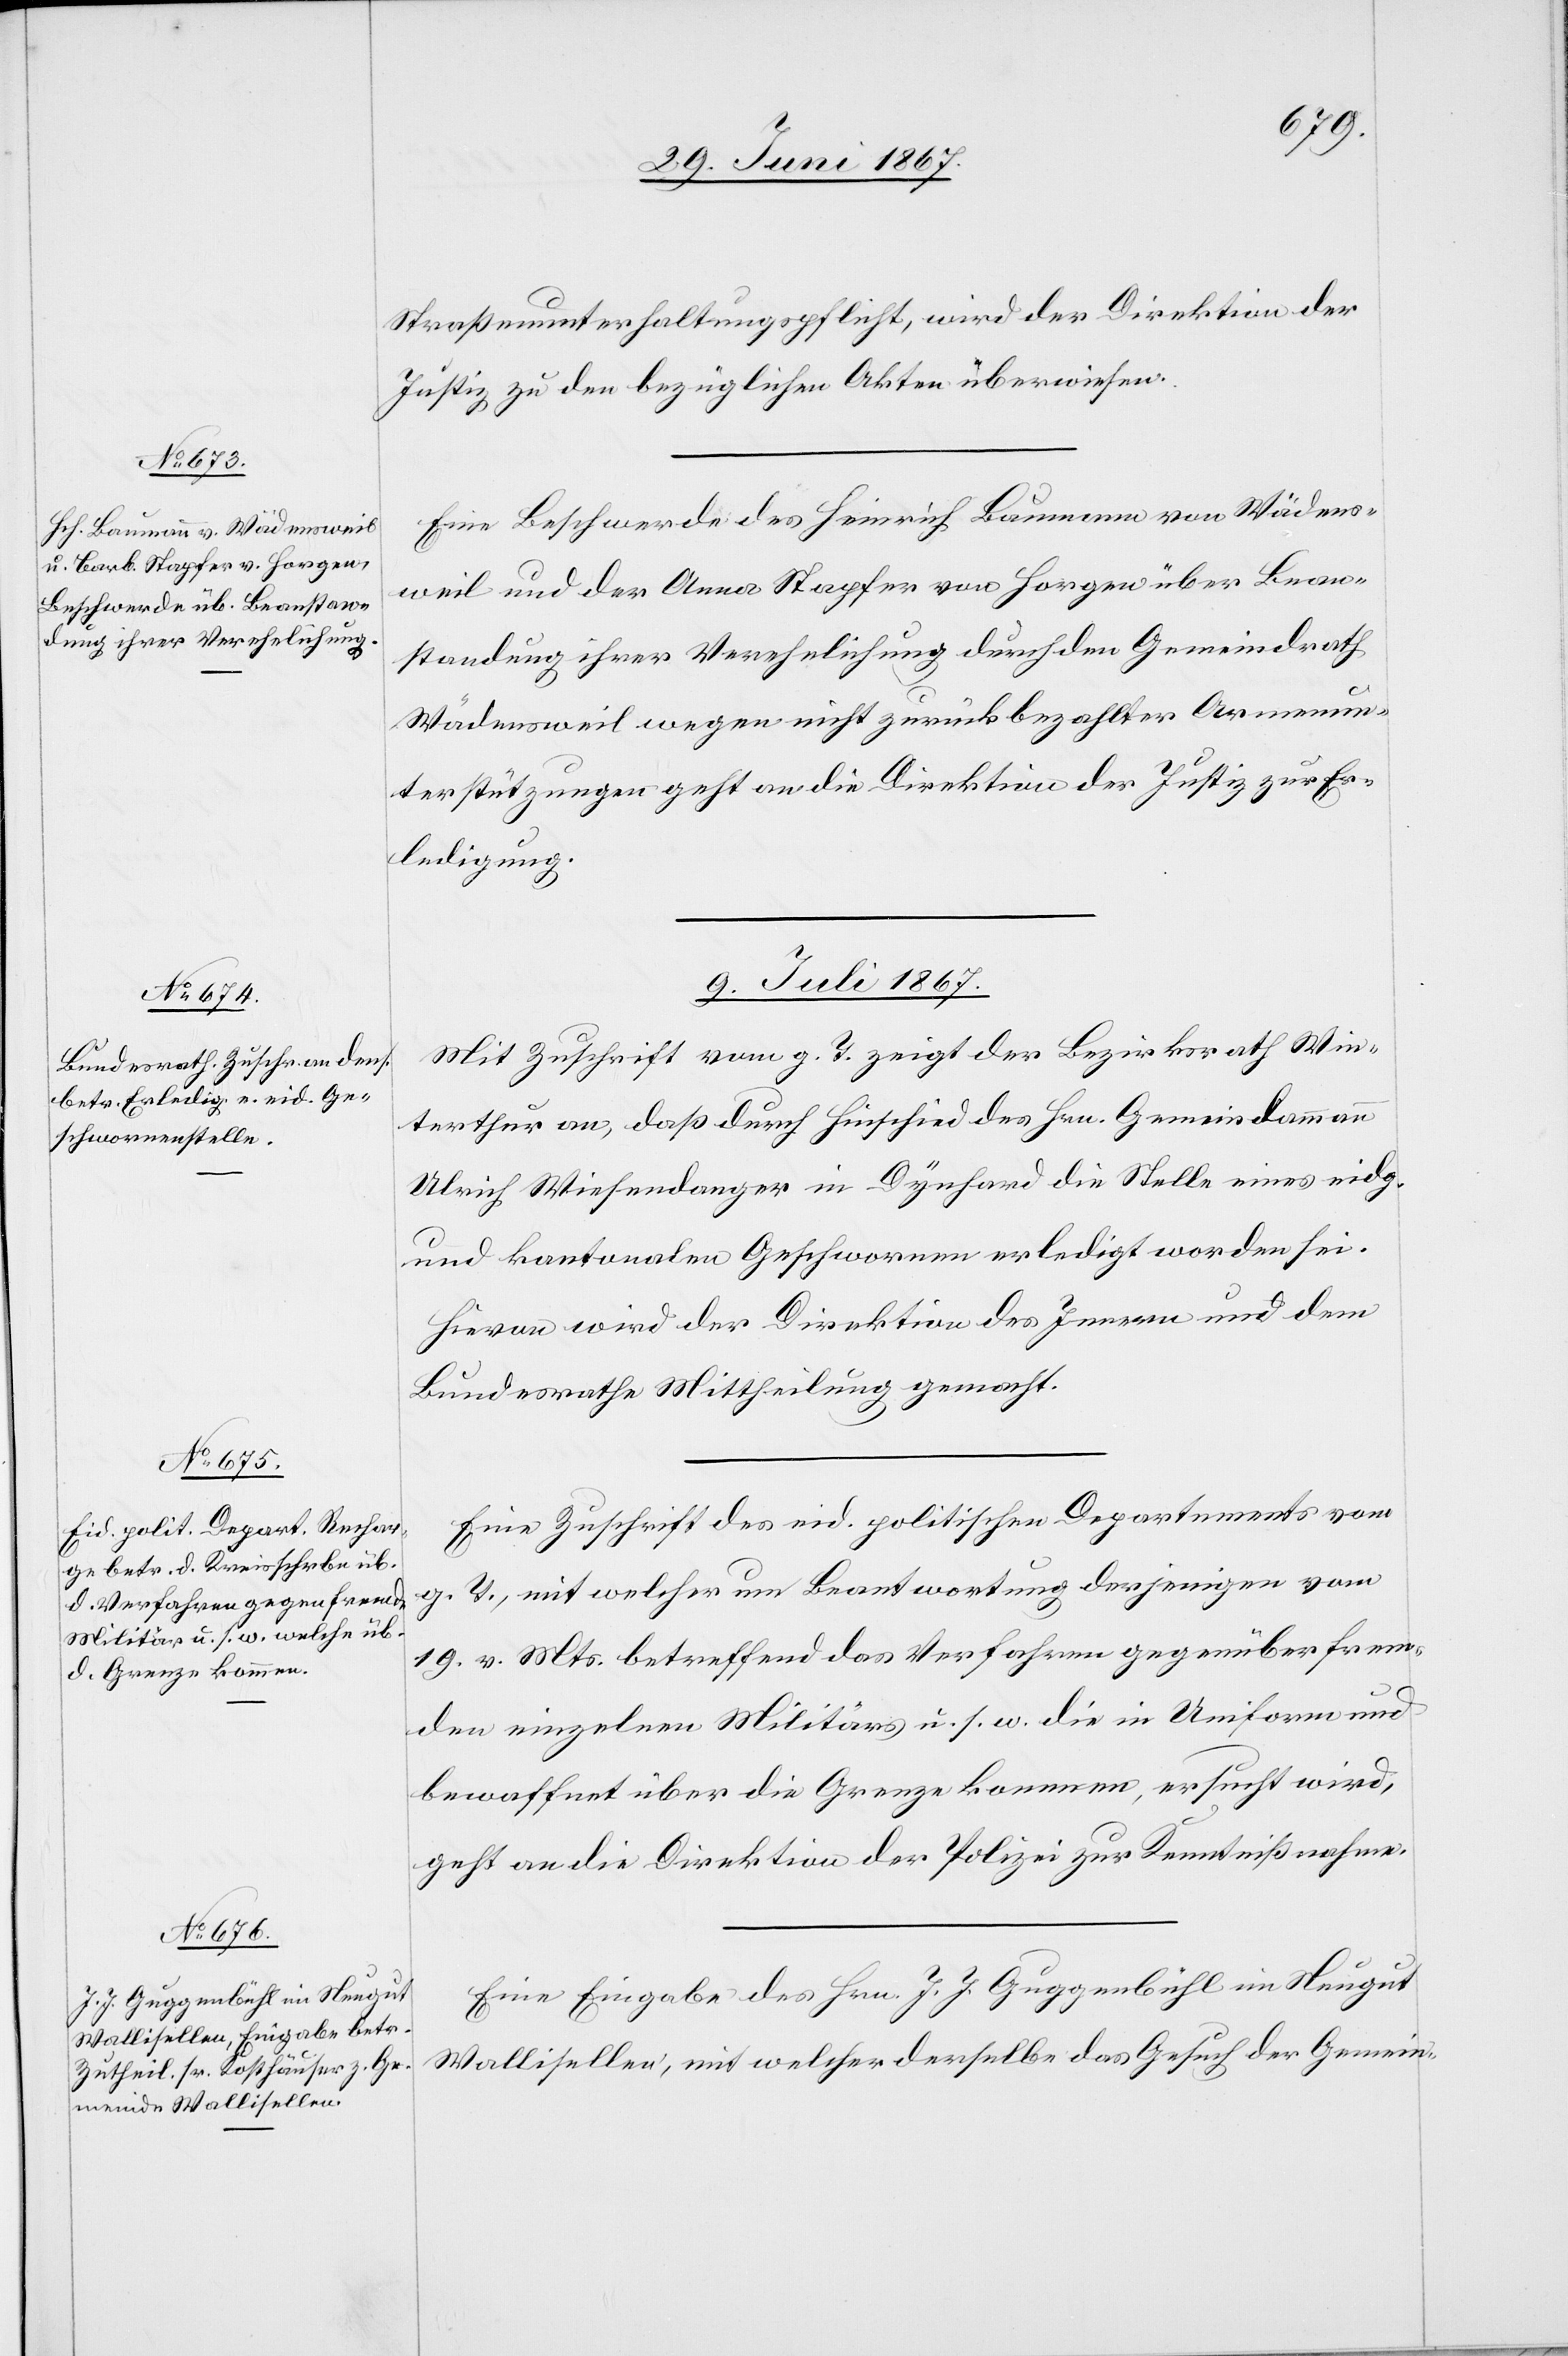
Straßenunterhaltungspflicht, wird der Direktion der
Justiz zu den bezüglichen Akten überwiesen.
Eine Beschwerde des Heinrich Baumann von Wädens¬
weil und der Anna Stapfer [sic!] von Horgen über Bean¬
standung ihrer Verehelichung durch den Gemeindrath
Wädensweil wegen nicht zurückbezahlten Armenun¬
terstützungen geht an die Direktion der Justiz zur Er¬
ledigung.
9. Juli 1867.]
Mit Zuschrift vom g. T. zeigt der Bezirksrath Win¬
terthur an, daß durch Hinschied des Hrn. Gemeindammann
Ulrich Wiesendanger in Dynhard die Stelle eines eidg.
und kantonalen Geschwornen erledigt worden sei.
Hievon wird der Direktion des Innern und dem
Bundesrathe Mittheilung gemacht.
Eine Zuschrift des eid. politischen Departements vom
g. T., mit welcher um Beantwortung derjenigen vom
19. v. Mts. betreffend das Verfahren gegenüber frem¬
den einzelnen Militärs u. s. w. die in Uniform und
bewaffnet über die Grenze kommen, ersucht wird,
geht an die Direktion der Polizei zur Kenntnißnahme.
Eine Eingabe des Hrn. J. J. Guggenbühl im Neugut
Wollishofen, mit welcher derselbe das Gesuch der Gemein-